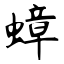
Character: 蟑